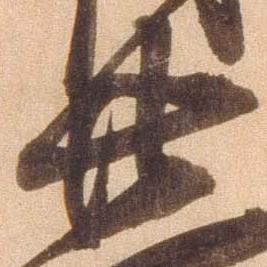
廿